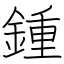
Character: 鍾